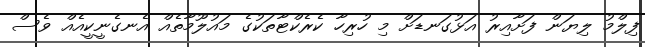
ފިލްމު ލިޔަން ފަށާއިރު އަޅުގަނޑަށް މި ހުރިހާ ކެރެކްޓާތަކުގެ މައުލޫމާތެއް އެނގެނީކީއެއް ވެސް